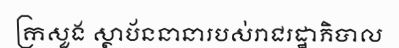
ក្រសួង ស្ថាប័ននានារបស់រាជរដ្ឋាភិបាល